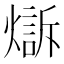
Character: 𤏣